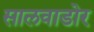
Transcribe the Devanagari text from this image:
सालवाडोर